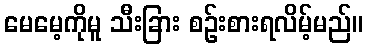
မေမေ့ကိုမူ သီးခြား စဉ်းစားရလိမ့်မည်။